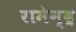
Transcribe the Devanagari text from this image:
रामेन्द्र